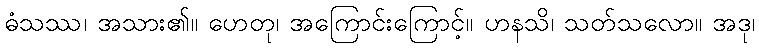
ဓံသဿ၊ အသား၏။ ဟေတု၊ အကြောင်းကြောင့်။ ဟနသိ၊ သတ်သလော။ အဒု၊